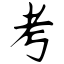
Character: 考